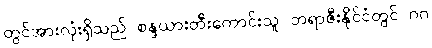
တွင်အားလုံးရှိသည် စန္ဒယားတီးကောင်းသူ ဘရာဇီးနိုင်ငံတွင် ဂဂ